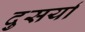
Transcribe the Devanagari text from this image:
दुसर्या